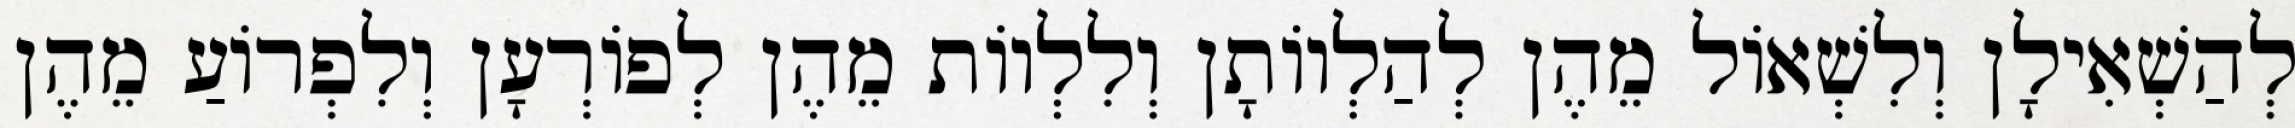
לְהַשְׁאִילָן וְלִשְׁאוֹל מֵהֶן לְהַלְווֹתָן וְלִלְווֹת מֵהֶן לְפוֹרְעָן וְלִפְרוֹעַ מֵהֶן